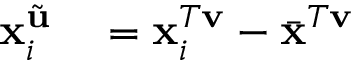
\begin{array} { r l } { \mathbf { x } _ { i } ^ { \tilde { \mathbf { u } } } } & { { } = \mathbf { x } _ { i } ^ { T \mathbf { v } } - \bar { \mathbf { x } } ^ { T \mathbf { v } } } \end{array}